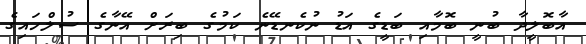
އާބޮލީދާ ބުނީ ބޮމާއި ބަޑީގެ އަޑު ނުކެނޑޭނެ ކަމުގެ ބިރަށް އޭނާގެ ސުލްހައިގެ